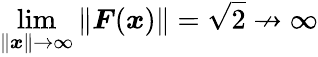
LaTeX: \operatorname*{lim}_{\| \boldsymbol{x}\| \rightarrow\infty}\| \boldsymbol{F}(\boldsymbol{x})\| =\sqrt{2}\nrightarrow\infty